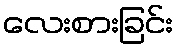
လေးစားခြင်း